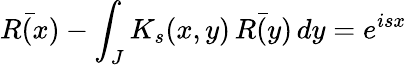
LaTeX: \bar{R(x)}-\int_{J}K_{s}(x,y)\, \bar{R(y)}\, dy=e^{isx}